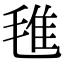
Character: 㲝